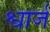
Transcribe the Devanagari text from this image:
श्वार्ज